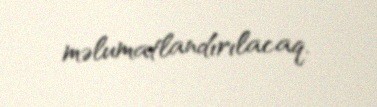
məlumatlandırılacaq.